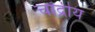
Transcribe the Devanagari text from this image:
चांद्रीय